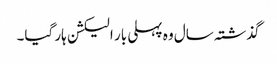
گذشتہ سال وہ پہلی بار الیکشن ہار گیا۔